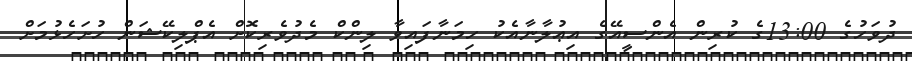
ދުވަހުގެ 13:00ގެ ކުރިން އެންސީއޭގެ އިޢުލާނާއެކު ހިމަނާފައިވާ ލިންކް މެދުވެރިކޮށް އެޕްލިކޭޝަން ހުށަހެޅުމަށް